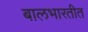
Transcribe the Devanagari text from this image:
बालभारतीत